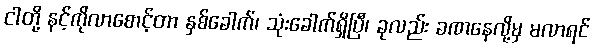
ငါတို့ နင့်ကိုလာစောင့်တာ နှစ်ခေါက်၊ သုံးခေါက်ရှိပြီ၊ ခုလည်း ခဏနေလို့မှ မလာရင်